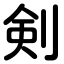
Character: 剣